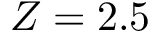
Z = 2 . 5